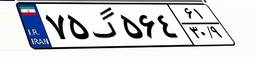
۷۵گ۵۶۴۶۱